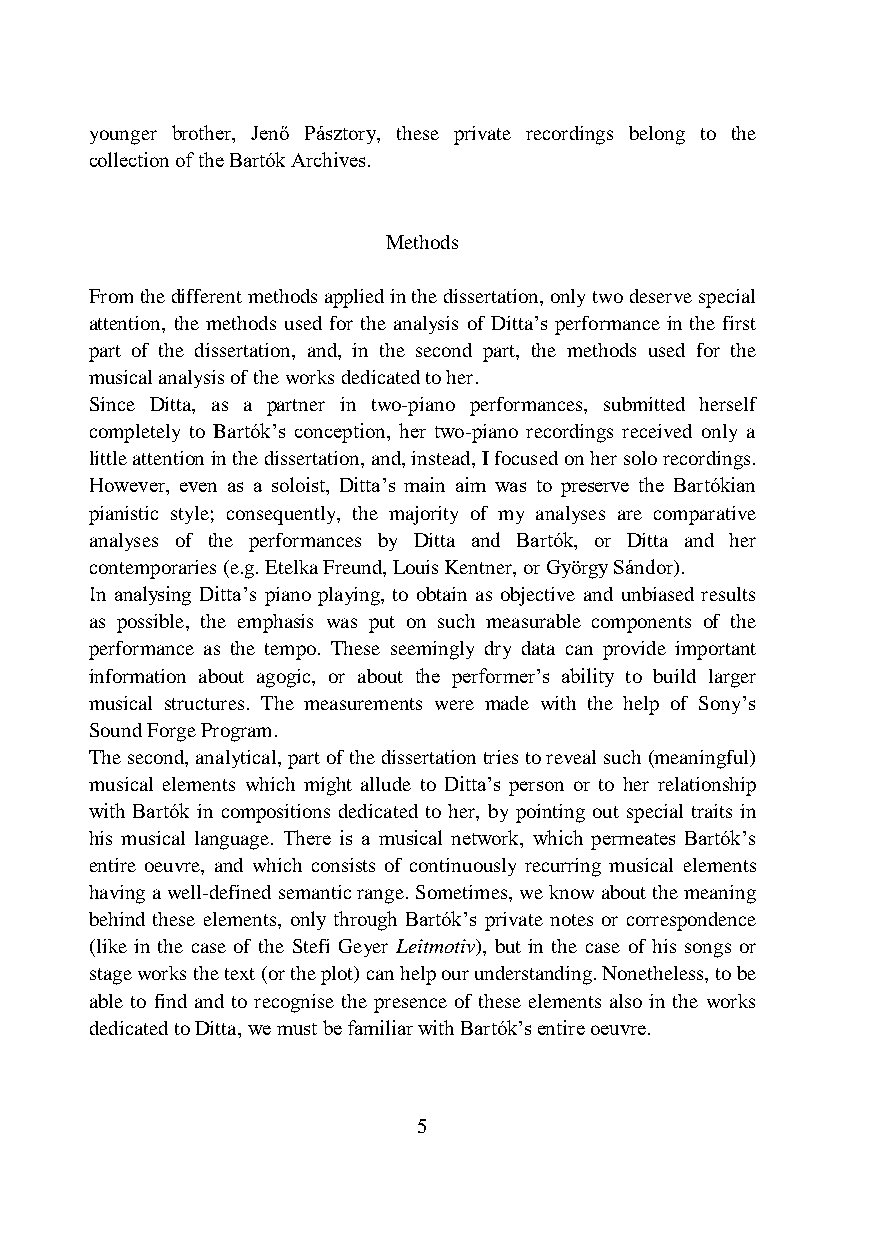
younger brother, Jenő Pásztory, these private recordings belong to the
 collection of the Bartók Archives.
 Methods
 From the different methods applied in the dissertation, only two deserve special
 attention, the methods used for the analysis of Ditta’s performance in the first
 part of the dissertation, and, in the second part, the methods used for the
 musical analysis of the works dedicated to her.
 Since Ditta, as a partner in two-piano performances, submitted herself
 completely to Bartók’s conception, her two-piano recordings received only a
 little attention in the dissertation, and, instead, I focused on her solo recordings.
 However, even as a soloist, Ditta’s main aim was to preserve the Bartókian
 pianistic style; consequently, the majority of my analyses are comparative
 analyses of the performances by Ditta and Bartók, or Ditta and her
 contemporaries (e.g. Etelka Freund, Louis Kentner, or György Sándor).
 In analysing Ditta’s piano playing, to obtain as objective and unbiased results
 as possible, the emphasis was put on such measurable components of the
 performance as the tempo. These seemingly dry data can provide important
 information about agogic, or about the performer’s ability to build larger
 musical structures. The measurements were made with the help of Sony’s
 Sound Forge Program.
 The second, analytical, part of the dissertation tries to reveal such (meaningful)
 musical elements which might allude to Ditta’s person or to her relationship
 with Bartók in compositions dedicated to her, by pointing out special traits in
 his musical language. There is a musical network, which permeates Bartók’s
 entire oeuvre, and which consists of continuously recurring musical elements
 having a well-defined semantic range. Sometimes, we know about the meaning
 behind these elements, only through Bartók’s private notes or correspondence
 (like in the case of the Stefi Geyer Leitmotiv), but in the case of his songs or
 stage works the text (or the plot) can help our understanding. Nonetheless, to be
 able to find and to recognise the presence of these elements also in the works
 dedicated to Ditta, we must be familiar with Bartók’s entire oeuvre.
 5